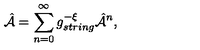
{ \hat { \cal A } } = \sum _ { n = 0 } ^ { \infty } g _ { s t r i n g } ^ { - { \cal \xi } } { \hat { \cal A } } ^ { n } ,